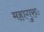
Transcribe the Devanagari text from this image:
महागुरुः